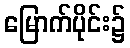
မြောက်ပိုင်း၌